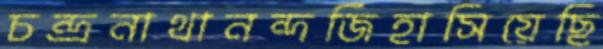
চন্দ্রনাথানন্দজিহাসিয়েছি